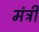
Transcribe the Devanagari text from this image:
मंत्री